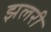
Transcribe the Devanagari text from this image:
झलरी